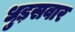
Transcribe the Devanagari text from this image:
धुड़सवार